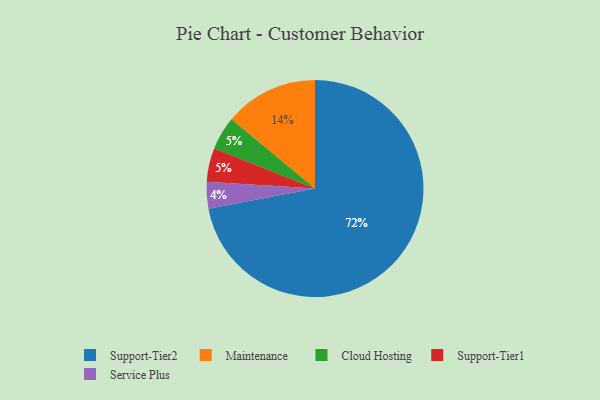
{"axis": {"x": "Category", "y": "Percentage"}, "legend": ["Cloud Hosting", "Maintenance", "Service Plus", "Support-Tier1", "Support-Tier2"], "data": [{"x": "Cloud Hosting", "y": 5, "type": "Cloud Hosting"}, {"x": "Maintenance", "y": 14, "type": "Maintenance"}, {"x": "Support-Tier1", "y": 5, "type": "Support-Tier1"}, {"x": "Service Plus", "y": 4, "type": "Service Plus"}, {"x": "Support-Tier2", "y": 72, "type": "Support-Tier2"}]}